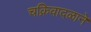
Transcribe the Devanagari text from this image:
चक्रिवादळाने